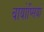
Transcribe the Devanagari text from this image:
बायोप्‍िसयों